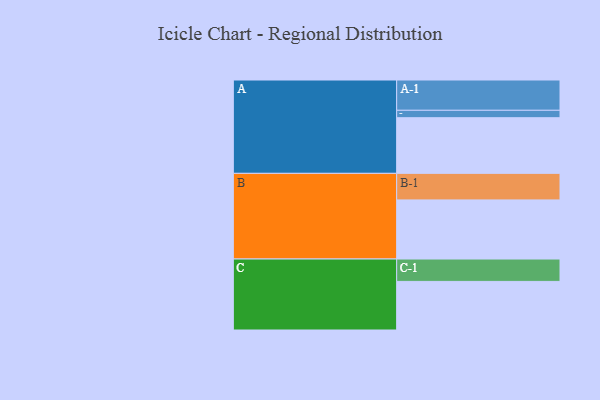
{"axis": {"x": "Segment", "y": "Value"}, "legend": ["", "A", "B", "C"], "data": [{"x": "A", "y": 450, "type": ""}, {"x": "B", "y": 478, "type": ""}, {"x": "C", "y": 393, "type": ""}, {"x": "A-1", "y": 245, "type": "A"}, {"x": "A-2", "y": 60, "type": "A"}, {"x": "B-1", "y": 215, "type": "B"}, {"x": "C-1", "y": 181, "type": "C"}]}